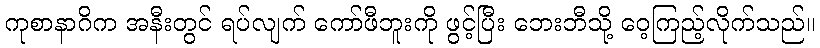
ကုစာနာဂိက အနီးတွင် ရပ်လျက် ကော်ဖီဘူးကို ဖွင့်ပြီး ဘေးဘီသို့ ဝေ့ကြည့်လိုက်သည်။